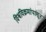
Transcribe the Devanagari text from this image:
विश्वविक्रमांपासून